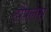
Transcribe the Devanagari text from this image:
टौपलेस